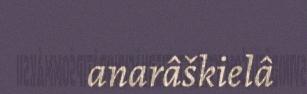
anarâškielâ